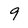
Character: 9